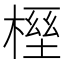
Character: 𣖭